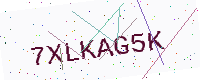
Text: 7XLKAG5K